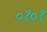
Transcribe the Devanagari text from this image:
०१०१